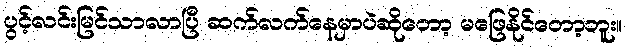
ပွင့်လင်းမြင်သာလာပြီ ဆက်လက်နေမှာပဲဆိုတော့ မဖြေနိုင်တော့ဘူး။